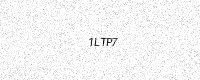
Text: 1LTP7